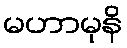
မဟာမုနိ